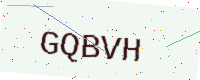
Text: GQBVH